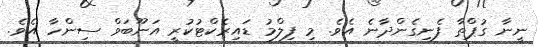
ނީނާ ގުޕްތާ ފެނިގެންދާނެ އެވެ. މި ފިލްމު ޑައިރެކްޓުކުރީ އަނޫބަވް ސިންހާ އެވެ.